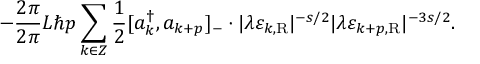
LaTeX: - \frac { 2 \pi } { 2 \pi } { L } \hbar p \sum _ { k \in \cal Z } \frac { 1 } { 2 } [ a _ { k } ^ { \dagger } , a _ { k + p } ] _ { - } \cdot | \lambda \varepsilon _ { k , \mathrm { R } } | ^ { - s / 2 } | \lambda \varepsilon _ { k + p , \mathrm { R } } | ^ { - { 3 s } / 2 } .